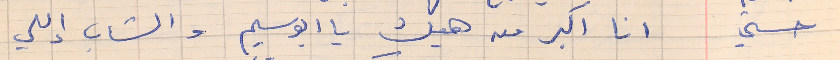
حسني   انا اكبر من هيك يا ابو سليم والشاب إللي